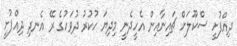
ދިއްފުށީ ސްކޫލަށް ޗައިނާއިން އެހީދެނީ މިދިޔަ ހުކުރު ދުވަހުގެ ރޭ އެނދި ދިއްފުށީ